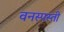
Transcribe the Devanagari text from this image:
वनस्पस्ती